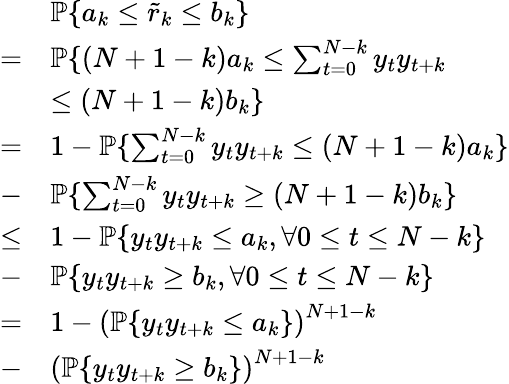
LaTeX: \begin{array}{rl}&{\mathbb{P}\{ a_{k}\leq\tilde{r}_{k}\leq b_{k}\} }\\ {=}&{\mathbb{P}\{ \left(N+1-k\right)a_{k}\leq\sum_{t=0}^{N-k}y_{t}y_{t+k}}\\ &{\leq\left(N+1-k\right)b_{k}\} }\\ {=}&{1-\mathbb{P}\{ \sum_{t=0}^{N-k}y_{t}y_{t+k}\leq\left(N+1-k\right)a_{k}\} }\\ {-}&{\mathbb{P}\{ \sum_{t=0}^{N-k}y_{t}y_{t+k}\geq\left(N+1-k\right)b_{k}\} }\\ {\leq}&{1-\mathbb{P}\{ y_{t}y_{t+k}\leq a_{k},\forall 0\leq t\leq N-k\} }\\ {-}&{\mathbb{P}\{ y_{t}y_{t+k}\geq b_{k},\forall 0\leq t\leq N-k\} }\\ {=}&{1-\left(\mathbb{P}\{ y_{t}y_{t+k}\leq a_{k}\} \right)^{N+1-k}}\\ {-}&{\left(\mathbb{P}\{ y_{t}y_{t+k}\geq b_{k}\} \right)^{N+1-k}}\end{array}